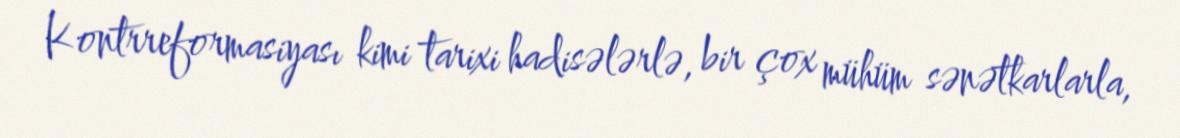
Kontrreformasiyası kimi tarixi hadisələrlə, bir çox mühüm sənətkarlarla,